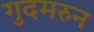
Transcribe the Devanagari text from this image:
गुदमरुन